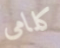
كلامى